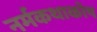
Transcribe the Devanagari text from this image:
नर्मकथाकोष